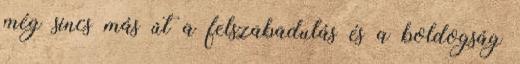
még sincs más út a felszabadulás és a boldogság